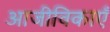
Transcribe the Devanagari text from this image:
आजीविकाएँ